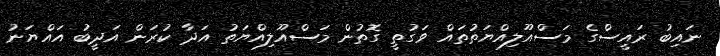
ނައިބު ރައީސްގެ މަސްއޫލިއްޔަތުތައް ވަގުތީ ގޮތުން މަސްއޫލިއްޔަތު އަދާ ކުރަން އަދީބު އައްޔަނު